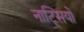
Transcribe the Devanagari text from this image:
नाट्सियों